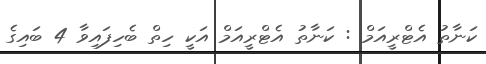
ކަނާތު އެޓްރީއަމް : ކަނާތު އެޓްރީއަމް އަކީ ހިތް ބެހިފައިވާ 4 ބައިގެ